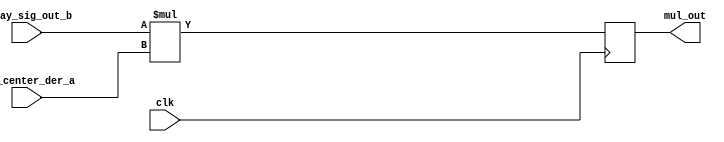
`timescale 1ns / 1ps
//////////////////////////////////////////////////////////////////////////////////
// Company: 
// Engineer: 
// 
// Design Name: 
// Module Name: mul
// Project Name: 
// Target Devices: 
// Tool Versions: 
// Description: 
// 
// Dependencies: 
// 
// Revision:
// Revision 0.01 - File Created
// Additional Comments:
// 
//////////////////////////////////////////////////////////////////////////////////


module mul #(parameter Nbits=5,obits=5 )(
    input [Nbits:0] Delay_sig_out_b,out_center_der_a, 
    output [obits:0] mul_out,
    input clk
    );

reg [Nbits:0] out;
always @ (posedge clk)
begin
   out <= Delay_sig_out_b* out_center_der_a;
end
assign mul_out=out;
endmodule